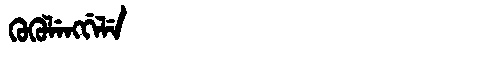
Manchu: ᡴᡠᡴᡠᠯᡝᠩᡤᡝᠯᡝ
Romanization: KUKULENGGELE